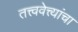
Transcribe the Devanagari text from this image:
तत्त्ववेत्त्यांचा